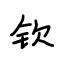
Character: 钦